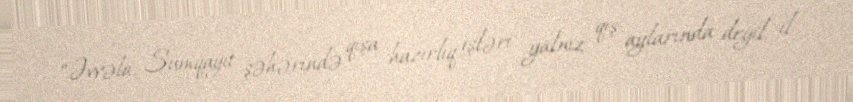
“Əvvəla, Sumqayıt şəhərində qışa hazırlıq işləri yalnız qış aylarında deyil, il